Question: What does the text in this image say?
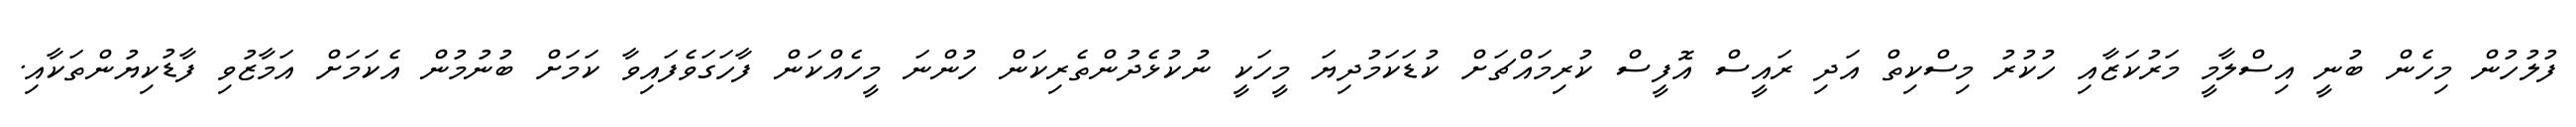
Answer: ފުލުހުން މިހެން ބުނީ އިސްލާމީ މަރުކަޒާއި ހުކުރު މިސްކިތް އަދި ރައީސް އޮފީސް ކުރިމައްޗަށް ކުޑަކަމުދިޔަ މީހަކީ ނުކުޅެދުންތެރިކަން ހުންނަ މީހެއްކަން ފާހަގަވެފައިވާ ކަމަށް ބުނުމުން އެކަމަށް އަމާޒުވި ފާޑުކިޔުންތަކާއި.